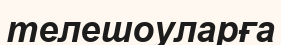
телешоуларға